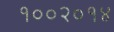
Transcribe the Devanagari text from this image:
१००२०१४